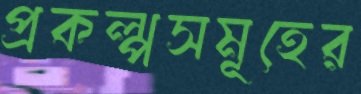
প্রকল্পসমূহের